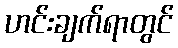
ဟင်းချက်ရာတွင်